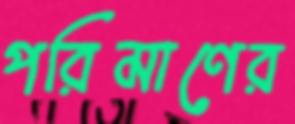
পরিমাণের